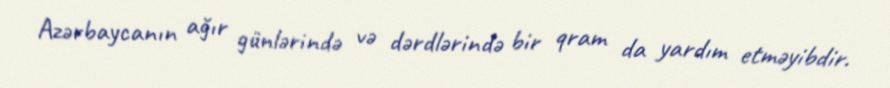
Azərbaycanın ağır günlərində və dərdlərində bir qram da yardım etməyibdir.